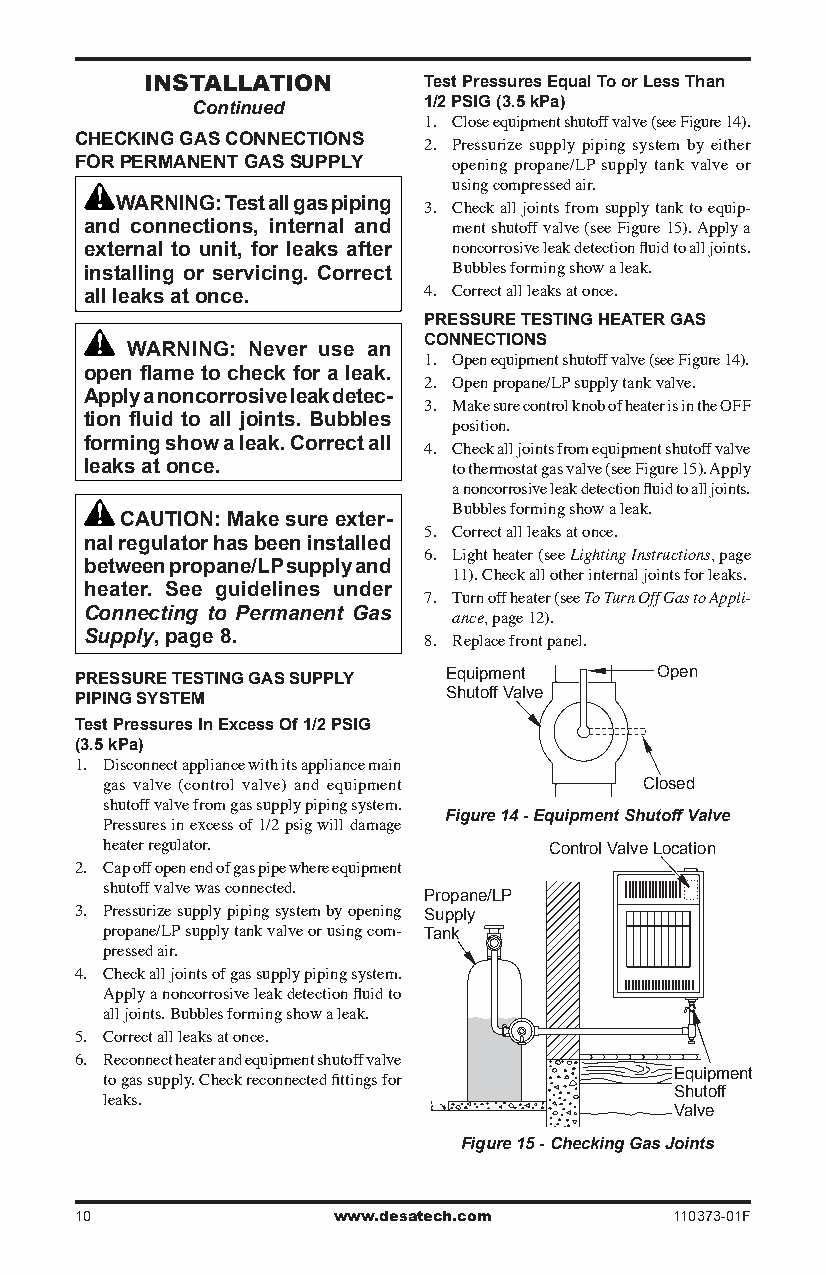
InsTallaTIon      Test Pressures Equal To or Less Than
 Continued      1/2 PSIG (3.5 kPa)
 1. Close equipment shutoff valve (see Figure 14).
 CHECKING GAS CONNECTIONS
 2. Pressurize supply piping system by either
 FOR PERMANENT GAS SUPPLY
 opening propane/LP supply tank valve or
 using compressed air.
 WARNING: Test all gas piping
 3. Check all joints from supply tank to equip-
 and connections, internal and
 ment shutoff valve (see Figure 15). Apply a
 external to unit, for leaks after noncorrosive leak detection fluid to all joints.
 installing or servicing. Correct Bubbles forming show a leak.
 all leaks at once.    4. Correct all leaks at once.
 PRESSURE TESTING HEATER GAS
 CONNECTIONS
 WARNING: Never use an
 1. Open equipment shutoff valve (see Figure 14).
 open flame to check for a leak.
 2. Open propane/LP supply tank valve.
 Apply a noncorrosive leak detec-
 3. Make sure control knob of heater is in the OFF
 tion fluid to all joints. Bubbles
 position.
 forming show a leak. Correct all
 4. Check all joints from equipment shutoff valve
 leaks at once.
 to thermostat gas valve (see Figure 15). Apply
 a noncorrosive leak detection fluid to all joints.
 CAUTION: Make sure exter- Bubbles forming show a leak.
 nal regulator has been installed 5. Correct all leaks at once.
 between propane/LP supply and 6. Light heater (see Lighting Instructions, page
 11). Check all other internal joints for leaks.
 heater. See guidelines under
 7. Turn off heater (see To Turn Off Gas to Appli-
 Connecting to Permanent Gas
 ance, page 12).
 Supply, page 8.
 8. Replace front panel.
 PRESSURE TESTING GAS SUPPLY Equipment Open
 Shutoff Valve
 PIPING SYSTEM
 Test Pressures In Excess Of 1/2 PSIG
 (3.5 kPa)
 1. Disconnect appliance with its appliance main
 gas valve (control valve) and equipment Closed
 shutoff valve from gas supply piping system.
 Figure 14 - Equipment Shutoff Valve
 Pressures in excess of 1/2 psig will damage
 heater regulator.            Control Valve Location
 2. Cap off open end of gas pipe where equipment
 shutoff valve was connected. Propane/LP
 3. Pressurize supply piping system by opening Supply
 propane/LP supply tank valve or using com- Tank
 pressed air.
 4. Check all joints of gas supply piping system.
 Apply a noncorrosive leak detection fluid to
 all joints. Bubbles forming show a leak.
 5. Correct all leaks at once.
 6. Reconnect heater and equipment shutoff valve
 Equipment
 to gas supply. Check reconnected fittings for
 Shutoff
 leaks.
 Valve
 Figure 15 - Checking Gas Joints
 10               www.desatech.com       110373-01F